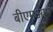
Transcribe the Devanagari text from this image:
बीएमआर